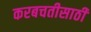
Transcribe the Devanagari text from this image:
करबचतीसाठी